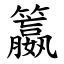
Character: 籝